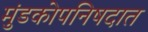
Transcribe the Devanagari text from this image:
मुंडकोपनिषदात